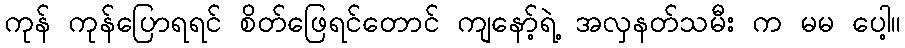
ကုန် ကုန်ပြောရရင် စိတ်ဖြေရင်တောင် ကျနော့်ရဲ့ အလှနတ်သမီး က မမ ပေါ့။